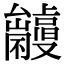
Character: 𠮘